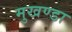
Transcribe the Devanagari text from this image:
मुखण्डा